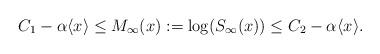
LaTeX: \begin{align*} C_1 -\alpha \langle x \rangle \leq M_\infty (x): =\log(S_\infty(x))\leq C_2 - \alpha \langle x \rangle.\end{align*}